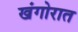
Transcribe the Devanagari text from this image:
खंगोरात